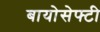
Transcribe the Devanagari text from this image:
बायोसेफ्टी